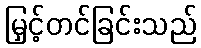
မြှင့်တင်ခြင်းသည်